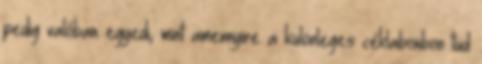
pedig valóban egyedi, mint amennyire a különleges céklabonbon tud